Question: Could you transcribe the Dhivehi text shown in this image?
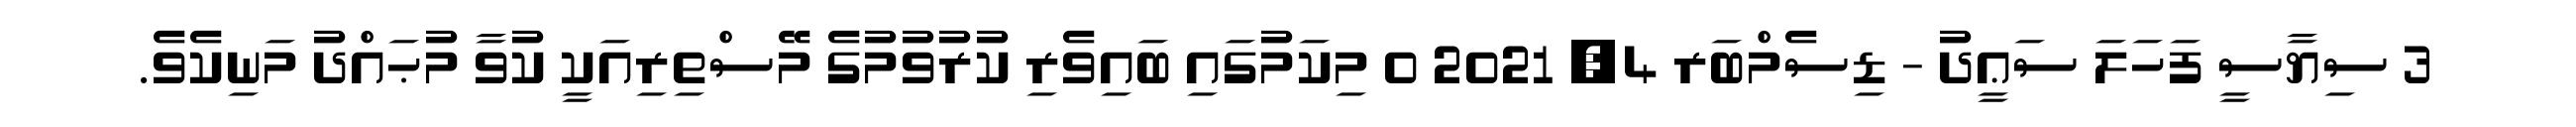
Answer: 3 ސިޔާސީ ފަހަލަ ސަޢީދު - ޑިސެމްބަރ 4, 2021 0 މިކަމުގައި ބައިވެރި ކުރުވުމުގެ މޭސްތިރިއަކީ ކުވާ މުޙައްދު މަނިކެވެ.